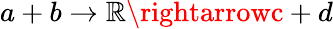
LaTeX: a+b\rightarrow\mathbb{R}\rightarrowc+d